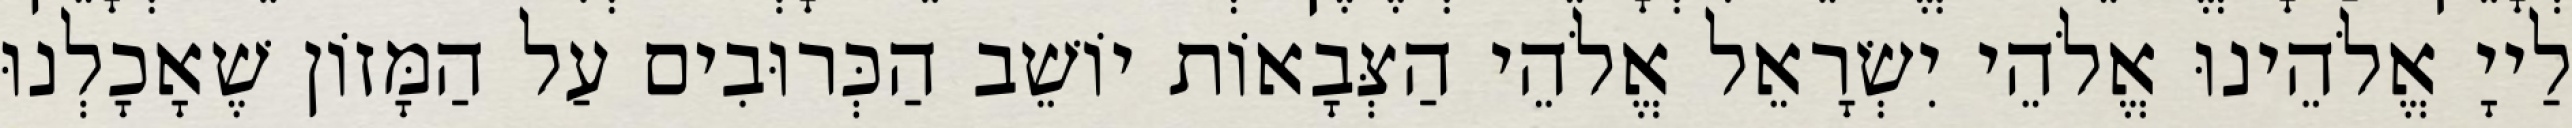
לַייָ אֱלֹהֵינוּ אֱלֹהֵי יִשְׂרָאֵל אֱלֹהֵי הַצְּבָאוֹת יוֹשֵׁב הַכְּרוּבִים עַל הַמָּזוֹן שֶׁאָכָלְנוּ